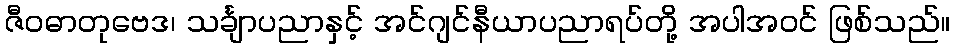
ဇီဝဓာတုဗေဒ၊ သင်္ချာပညာနှင့် အင်ဂျင်နီယာပညာရပ်တို့ အပါအဝင် ဖြစ်သည်။